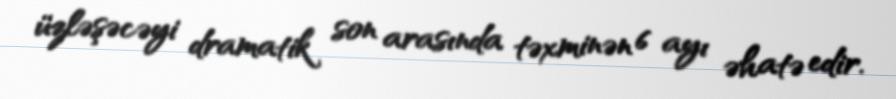
üzləşəcəyi dramatik son arasında təxminən 6 ayı əhatə edir.